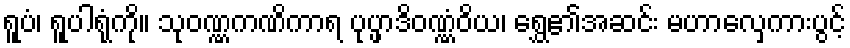
ရူပံ၊ ရူပါရုံကို။ သုဝဏ္ဏကဏိကာရ ပုပ္ဖာဒိဝဏ္ဏံဝိယ၊ ရွှေ၏အဆင်း မဟာလှေကားပွင့်